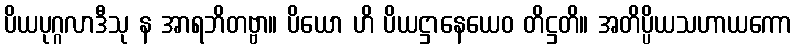
ပိယပုဂ္ဂလာဒီသု န အာရဘိတဗ္ဗာ။ ပိယော ဟိ ပိယဋ္ဌာနေယေဝ တိဋ္ဌတိ။ အတိပ္ပိယသဟာယကော